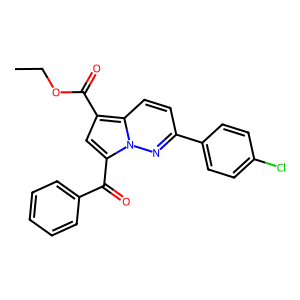
SMILES: CCOC(=O)c1cc(C(=O)c2ccccc2)n2nc(-c3ccc(Cl)cc3)ccc12
Inhibits HIV replication: No